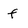
Character: f